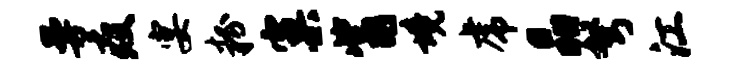
曼疫宴粉窠觜境虎晶弩江